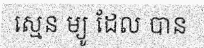
ស្មេន ម្យូ ដែល បាន